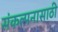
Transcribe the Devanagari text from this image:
संकल्पनासाठी